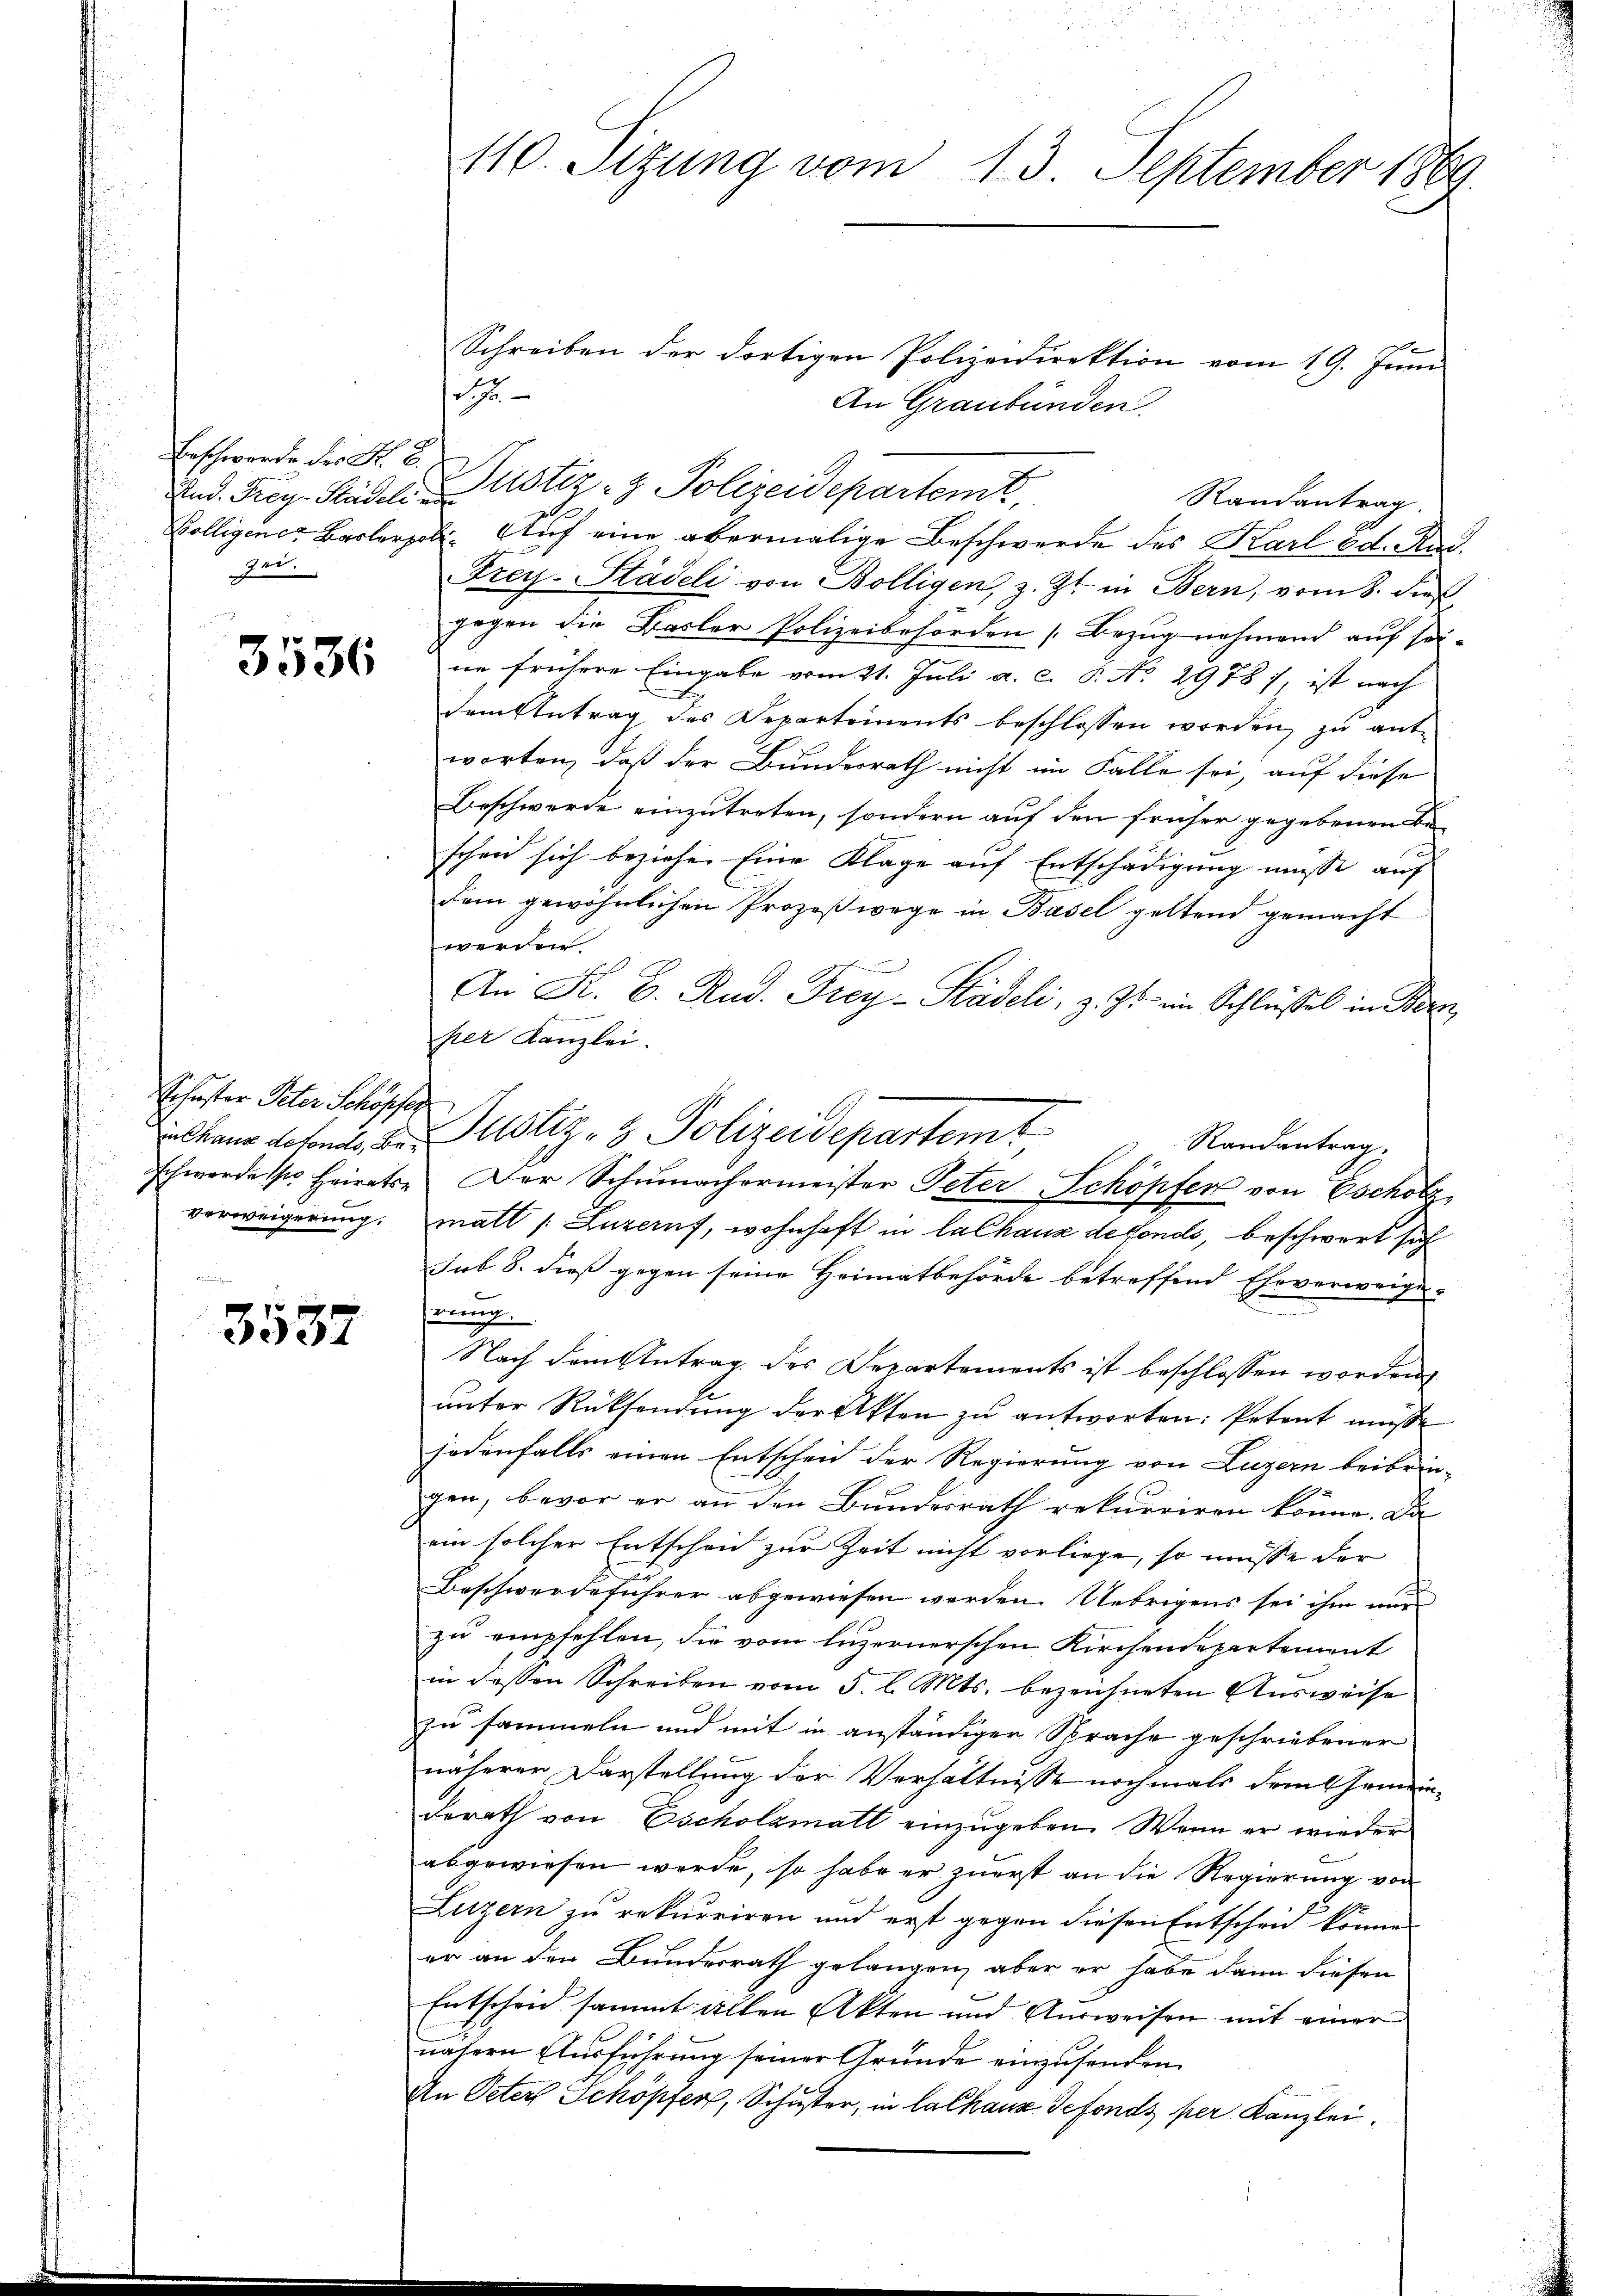
Beschwerde der K. B.
zei.

3536

Rohester Peter Schöpfer

3537

110. Sitzung vom 13. September 1869.

Schreiben der dortigen Polizeidirektion vom 19. Juni
h
An Graubünden.
And. Frey Städelustiz- & Polizeidepartemt,
Randantrag.
20
Völligener Baslerpol. Auf eine abermalige Beschwerde des Karl Ed. Kai¬
Frey-Städeli von Bölligen, z. Zt. in Bern, vom 8. dieß
gegen die Basler Polizeibehörden Bezug nehmend auf seine frühere Eingabe vom 21. Juli a. c. P. No. 29787, ist nach
dem Antrag des Departements beschlossen worden, zu ant-
worten, daß der Bundesrath nicht im Falle sei, auf diese
Beschwerde einzutreten, sondern auf den früher gegebenen Be-
schon sich beziehen Eine Klage auf Entschädigung müsse, auf
dem gewöhnlichen Prozeßwege in Basel geltend gemacht
werden
An K. B. Rud. Frey-Kadeli, z. Js. im Schlüssel in Herz
per Kanzlei.
lkane diesen, der Justiz- & Polizeidepartemt
Randantrag.
b
schwerde so heirats Der Schumachermeister Peter Schöpfer von Escholz,
verweigerung. Matt /: Luzernf, wohnhaft in la Chaux defonds, beschwert sich
sub 8. dieß gegen seine Heimatbehörde betreffend Eheverweige-
rrung.
Nach dem Antrag des Departements ist beschlossen worden,
unter Rücksendung der Akten zu antworten: Petent müsse
jedenfalls einen Entscheid der Regierung von Luzern beibrin-
gen, bevor er an den Bundesrath rekurriren könne. Da
ein solcher Entscheid zur Zeit nicht vorliege, so müsse der
Beschwerdeführer abgewiesen werden. Uebrigens sei ihm nur
zu empfehlen, die vom luzernerschen Kirchendepartement
in dessen Schreiben vom 5. l. Mts. bezeichneten Ausweise
zu sammeln und mit in anständigen Sprache geschriebener
näherer Darstellung der Verhältnisse nochmals dem Gemeinderath von Escholzmatt einzugeben. Wenn er wieder
abgewiesen werde, so habe er zuerst an die Regierung von
Luzern zu rekurriren und erst gegen diesen Entscheid können
er an den Bunderrath gelangen, aber er habe dann diesen
Entscheid sammt allen Akten und Ausweisen mit einer
nähern Ausführung seiner Gründe einzusenden.
An Peter Schöpfer, Schuster, in lalhaus defonds per Kanzlei.